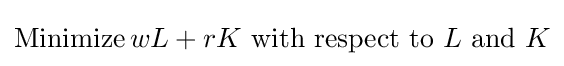
{\text{Minimize}}\,wL+rK\,\,{\text{with respect to}}\,\,L\,\,{\text{and}}\,\,K